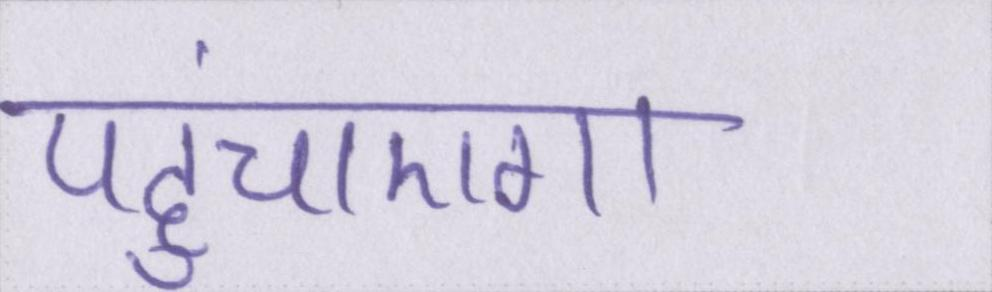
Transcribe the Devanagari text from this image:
पहुंचाएगा